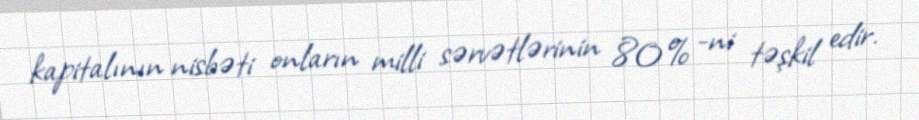
kapitalının nisbəti onların milli sərvətlərinin 80% -ni təşkil edir.